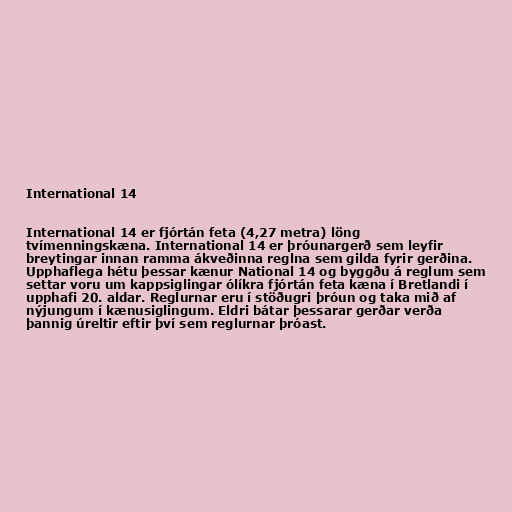
International 14

International 14 er fjórtán feta (4,27 metra) löng
tvímenningskæna. International 14 er þróunargerð sem leyfir
breytingar innan ramma ákveðinna reglna sem gilda fyrir gerðina.
Upphaflega hétu þessar kænur National 14 og byggðu á reglum sem
settar voru um kappsiglingar ólíkra fjórtán feta kæna í Bretlandi í
upphafi 20. aldar. Reglurnar eru í stöðugri þróun og taka mið af
nýjungum í kænusiglingum. Eldri bátar þessarar gerðar verða
þannig úreltir eftir því sem reglurnar þróast.